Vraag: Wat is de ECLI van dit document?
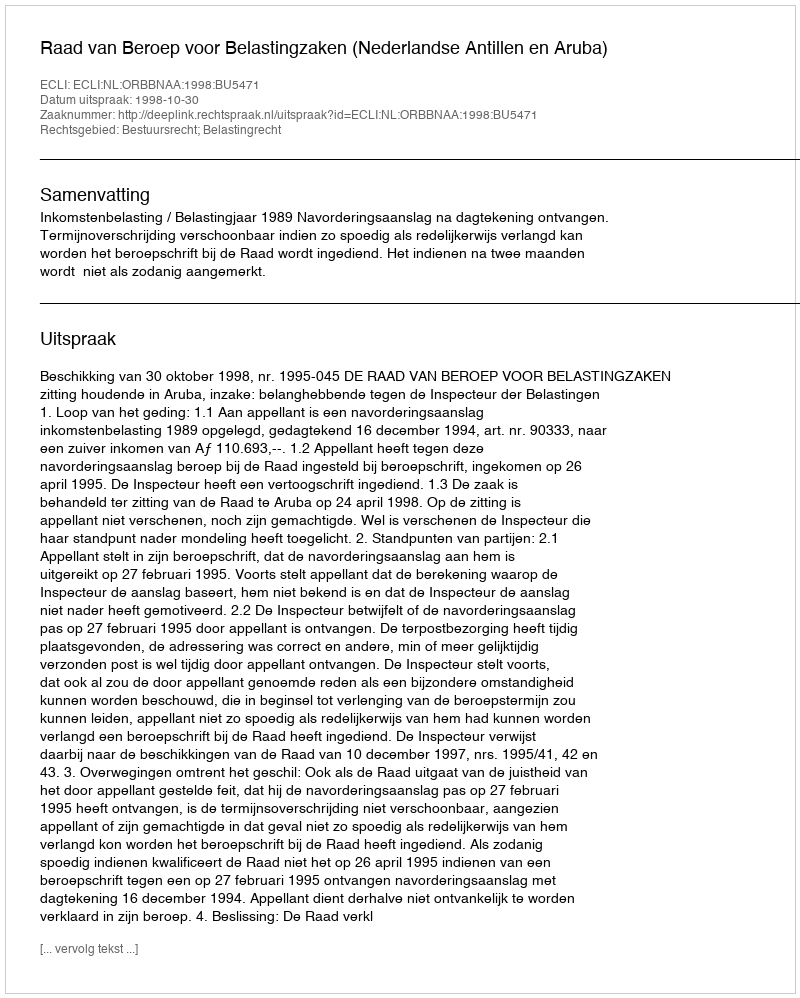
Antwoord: ECLI:NL:ORBBNAA:1998:BU5471